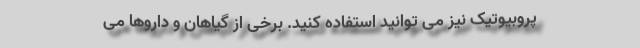
پروبیوتیک نیز می توانید استفاده کنید. برخی از گیاهان و داروها می